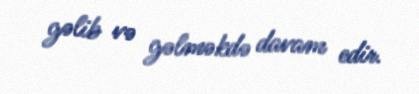
gəlib və gəlməkdə davam edir.